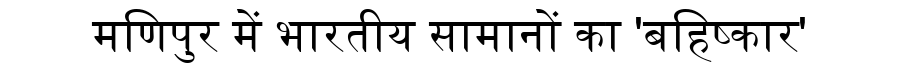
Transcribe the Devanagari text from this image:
मणिपुर में भारतीय सामानों का 'बहिष्कार'